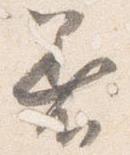
着